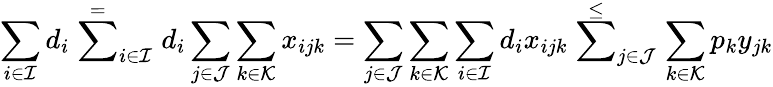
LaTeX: \sum_{i\in\mathcal{I}}d_{i}\stackrel{=}\sum_{i\in\mathcal{I}}d_{i}\sum_{j\in\mathcal{J}}\sum_{k\in\mathcal{K}}x_{ijk}=\sum_{j\in\mathcal{J}}\sum_{k\in\mathcal{K}}\sum_{i\in\mathcal{I}}d_{i}x_{ijk}\stackrel{\leq}\sum_{j\in\mathcal{J}}\sum_{k\in\mathcal{K}}p_{k}y_{jk}